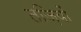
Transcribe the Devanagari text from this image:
तज़ियों